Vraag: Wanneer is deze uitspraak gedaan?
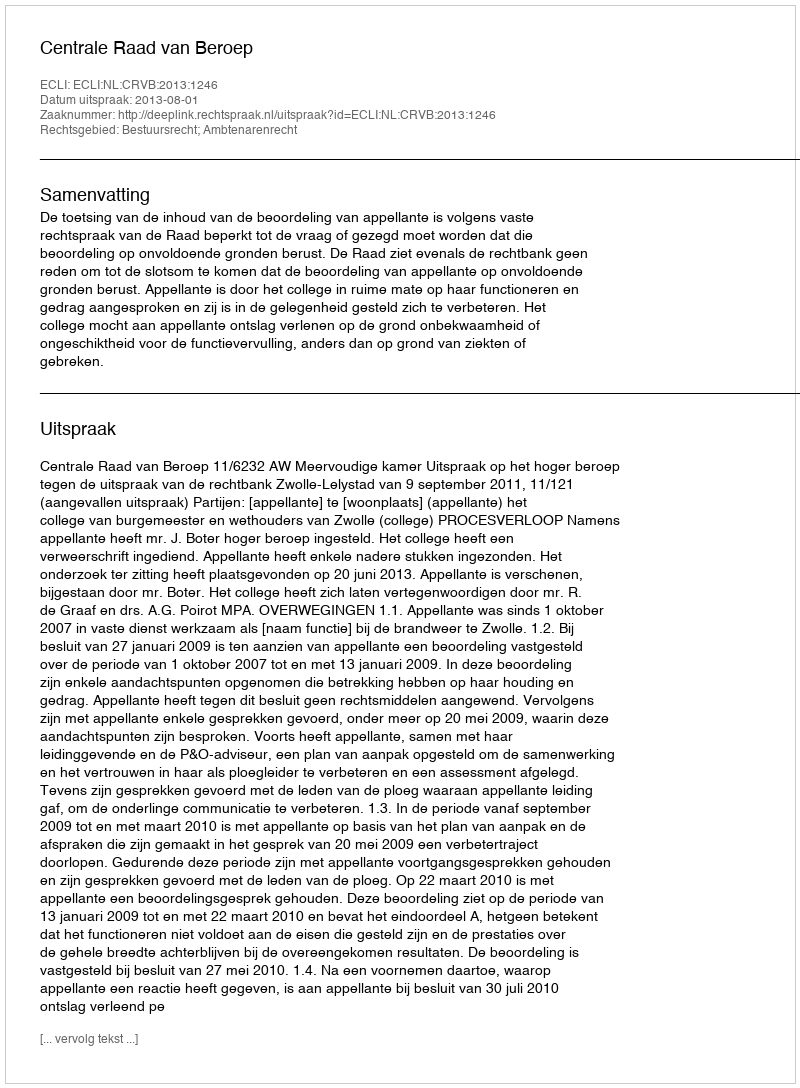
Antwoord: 2013-08-01